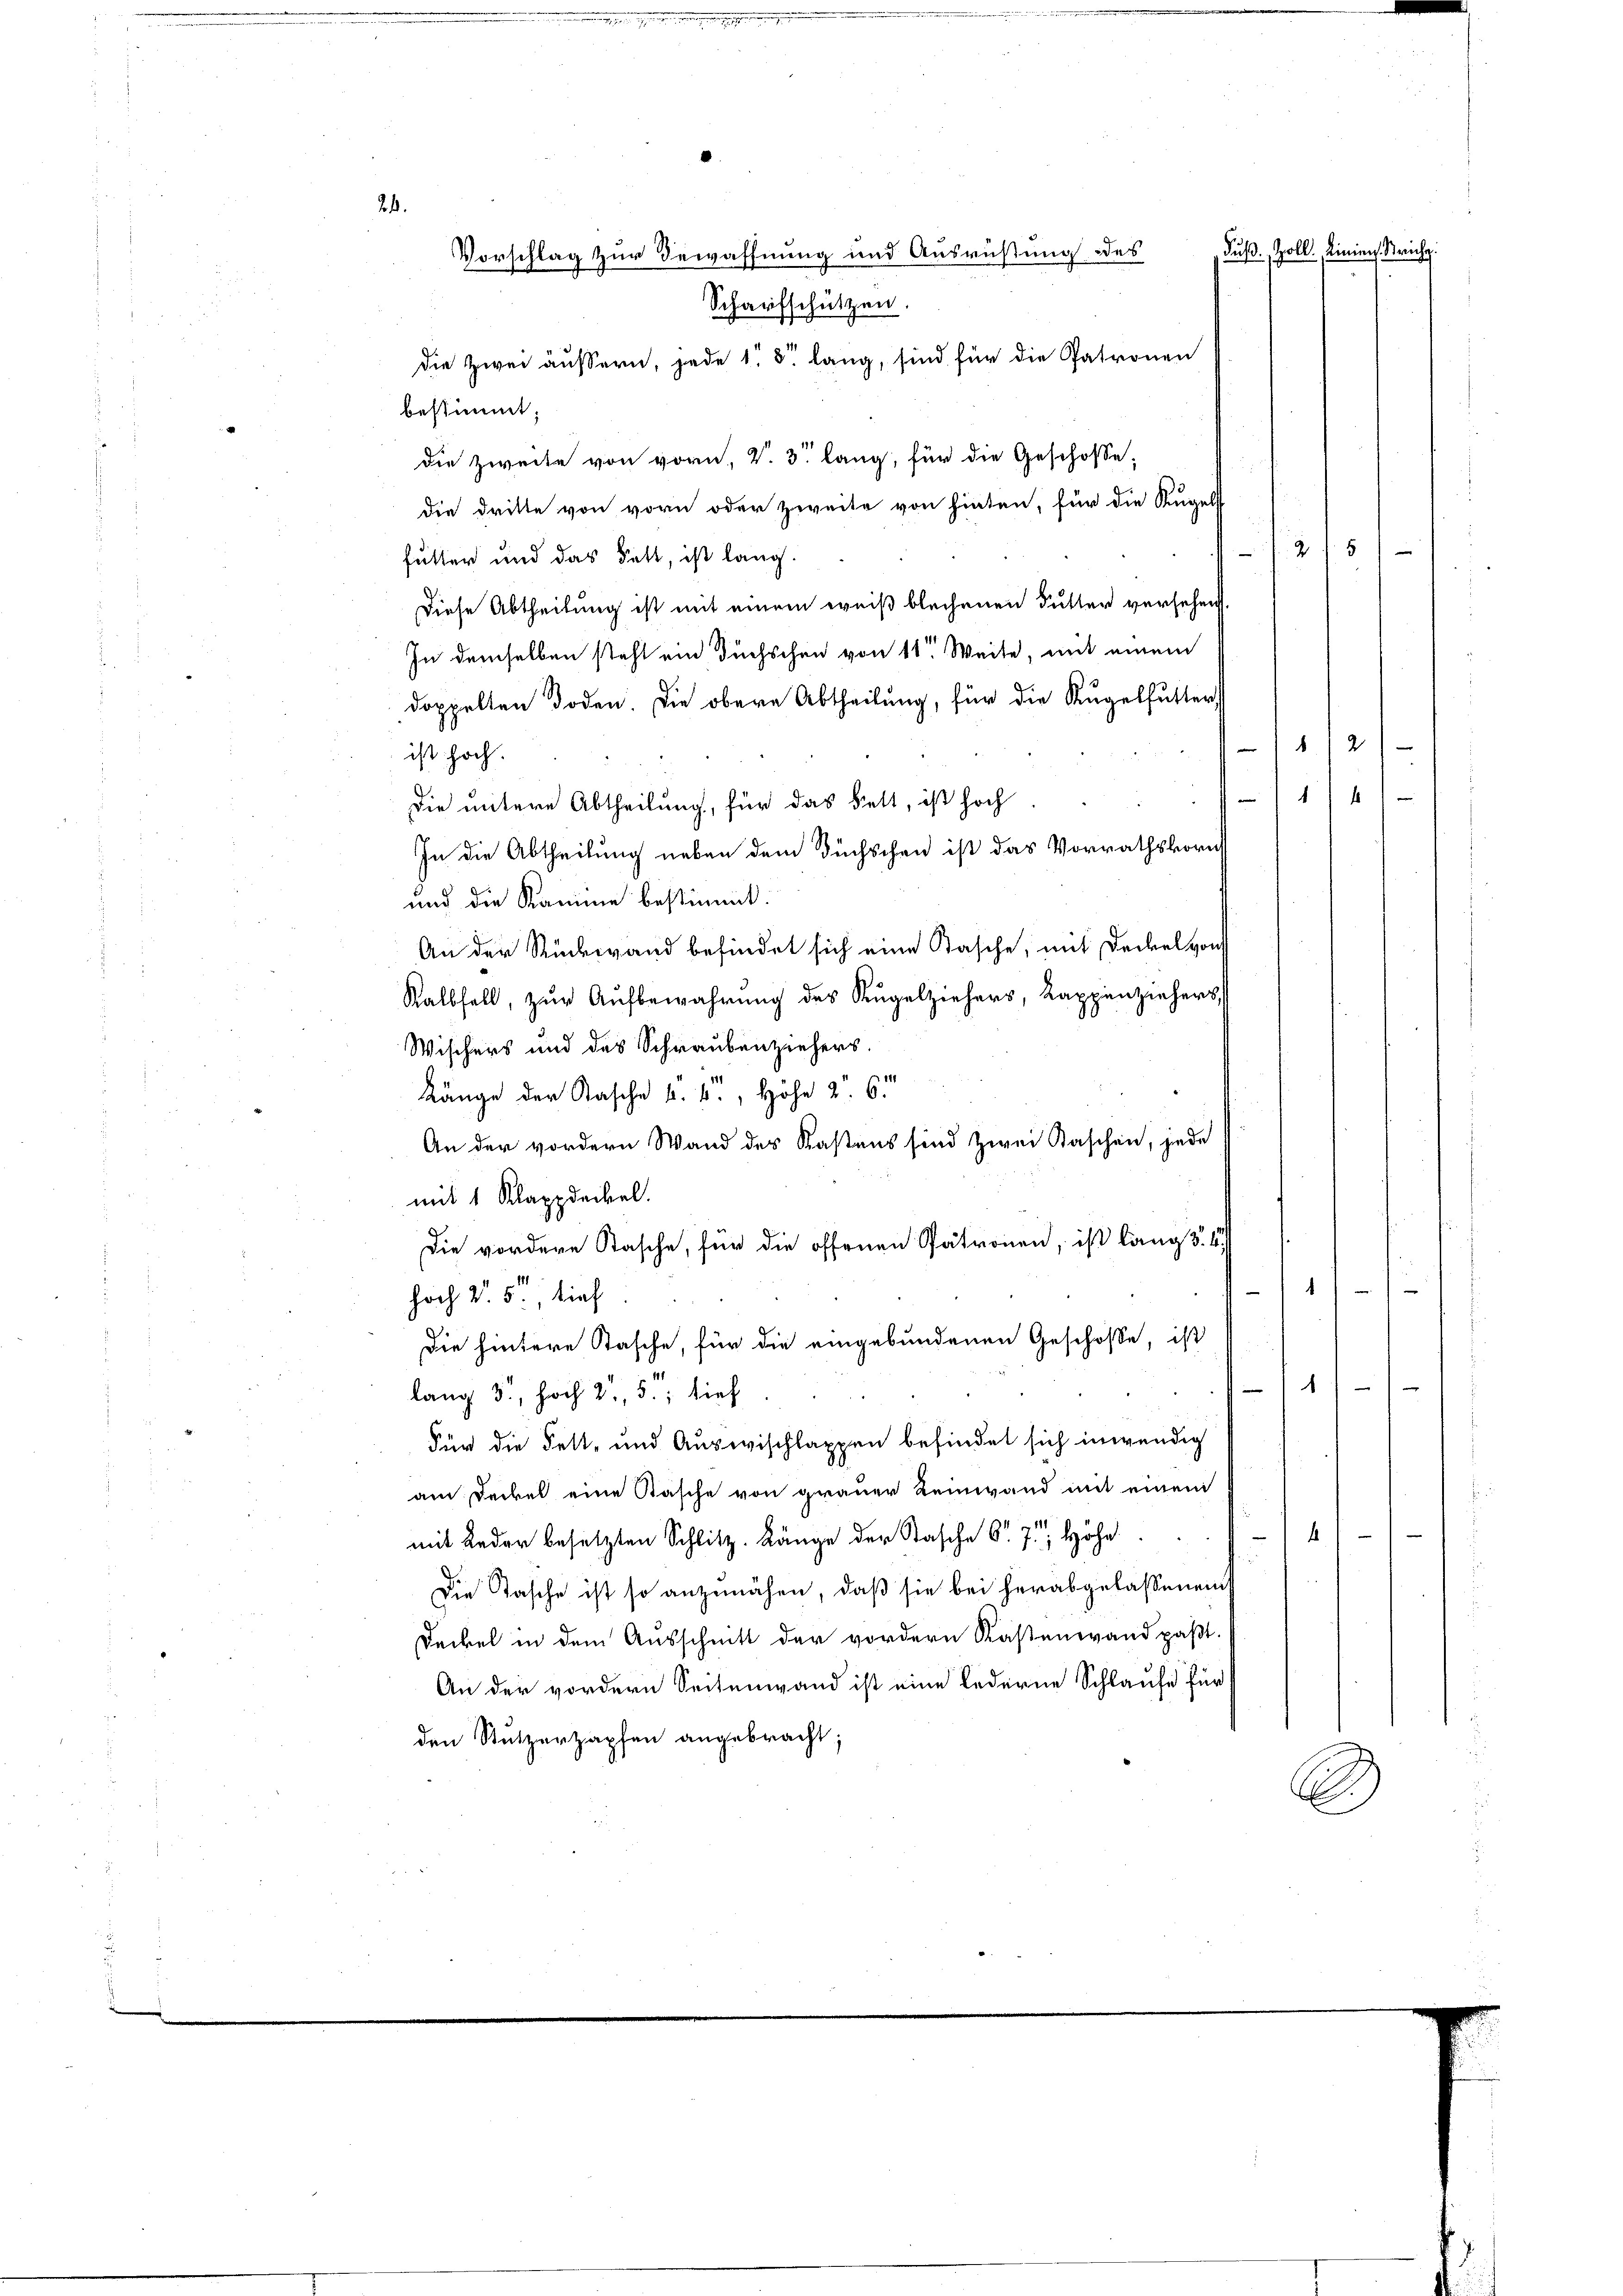
Vorschlag zur Bewaffnung und Ausrüstung des
Scharfschützen.
die Zwei äußern, jede 15 lang, sind für die Patronen
bestimmt.
die Zweite von vorn, V. 3. lang, für die Geschose,
die dritte von vorn oder zweite von hinten, für die Kugelst
futter und das Fett, ist lang.
Diese Abtheilung ist mit einem weiß blechenen Futter versehen,
In demselben steht ein Buchschen von 11. Weite, mit einem
doppelten Boden die obere Abtheilung, für die Kugelfutter,
ist hoch.
Die untere Abtheilung, für das Bett, ist hoch
In die Abtheilung neben dem Büchschen ist das Vorrathskorn
und die Kamme bestimmt.
An der Rückwand befindet sich eine Tasche, mit Deckel von
Kalbfell, zur Aufbewahrung des Kugelziehers, Kappenziehers,
Wischers und des Schraubenziehers.
Länge der Kasche k. k. Höhe 2. 6.
An der vordern Wand des Kastens sind zwei Kaschen, jede
mit 1 Klappdeckel.
Die vordere Stasche, für die offenen Patronen, ist lang §. 4.
41
hoch v. 5. tief
Die hintere Tasche, für die eingebundenen Geschoße, ist
.
lang 5, hoch 2. 5.; sieh
Für die Fett- und Auswischlappen befindet sich inwendig
am Deckel eine Kasche von grauer Reinwand mit einem
4
mit Leder besetzten Schlitz. Länge der Stasche 6. 7. Höhe
Die Tasche ist so anzunähen, daß sie bei herabgelassenen
Deckel in dem Ausschnitt der vordern Kastenwand paßt.
An der vordern Seitenwand ist eine Lederne Schlaufe für
den Stutzerzapfen angebracht;

21.

Fuß. Zoll, Linien, Micha¬

2 f 5

e
1

¬